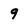
Character: 9